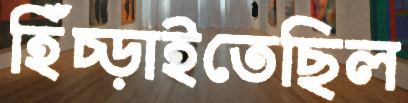
হিঁচ্‌ড়াইতেছিল